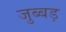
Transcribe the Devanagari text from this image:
जुब्बड़